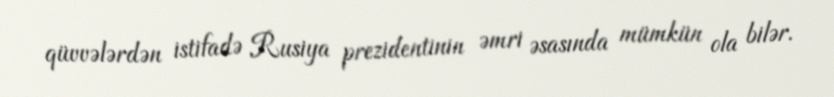
qüvvələrdən istifadə Rusiya prezidentinin əmri əsasında mümkün ola bilər.